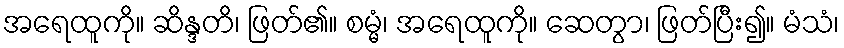
အရေထူကို။ ဆိန္ဒတိ၊ ဖြတ်၏။ စမ္မံ၊ အရေထူကို။ ဆေတွာ၊ ဖြတ်ပြီး၍။ မံသံ၊